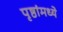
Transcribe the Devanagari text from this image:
पृष्ठांमध्ये